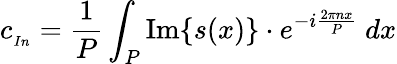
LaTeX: c_{_{In}}={\frac{1}{P}}\int_{P}\operatorname{Im}\{ s(x)\} \cdot e^{-i{\frac{2\pi nx}{P}}}\ dx